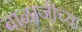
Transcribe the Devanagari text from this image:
बाळाजीच्या